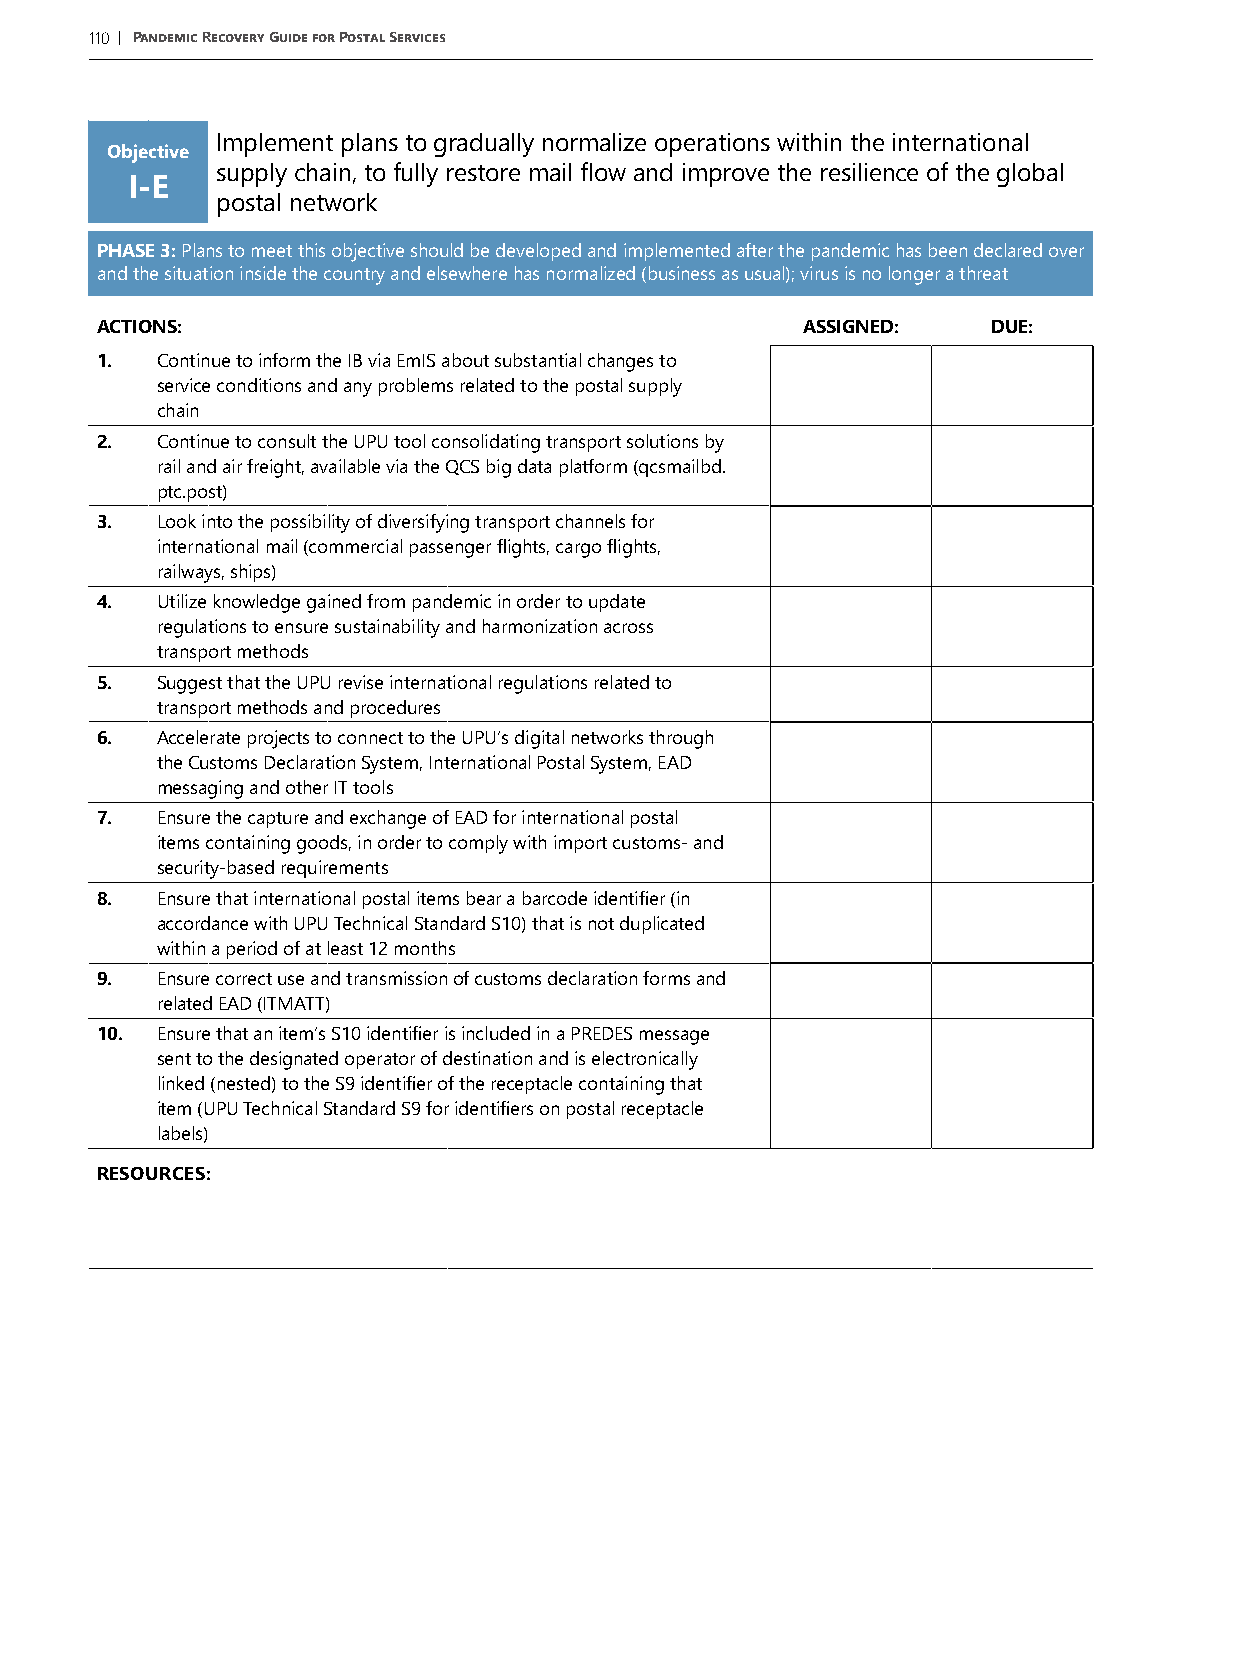
110 | Pandemic Recovery Guide for Postal Services
 Implement plans to gradually normalize operations within the international
 Objective
 supply chain, to fully restore mail flow and improve the resilience of the global
 I-E
 postal network
 PHASE 3: Plans to meet this objective should be developed and implemented after the pandemic has been declared over
 and the situation inside the country and elsewhere has normalized (business as usual); virus is no longer a threat
 ACTIONS:                                       ASSIGNED:    DUE:
 1.  Continue to inform the IB via EmIS about substantial changes to
 service conditions and any problems related to the postal supply
 chain
 2.  Continue to consult the UPU tool consolidating transport solutions by
 rail and air freight, available via the QCS big data platform (qcsmailbd.
 ptc.post)
 3.  Look into the possibility of diversifying transport channels for
 international mail (commercial passenger flights, cargo flights,
 railways, ships)
 4.  Utilize knowledge gained from pandemic in order to update
 regulations to ensure sustainability and harmonization across
 transport methods
 5.  Suggest that the UPU revise international regulations related to
 transport methods and procedures
 6.  Accelerate projects to connect to the UPU’s digital networks through
 the Customs Declaration System, International Postal System, EAD
 messaging and other IT tools
 7.  Ensure the capture and exchange of EAD for international postal
 items containing goods, in order to comply with import customs- and
 security-based requirements
 8.  Ensure that international postal items bear a barcode identifier (in
 accordance with UPU Technical Standard S10) that is not duplicated
 within a period of at least 12 months
 9.  Ensure correct use and transmission of customs declaration forms and
 related EAD (ITMATT)
 10. Ensure that an item’s S10 identifier is included in a PREDES message
 sent to the designated operator of destination and is electronically
 linked (nested) to the S9 identifier of the receptacle containing that
 item (UPU Technical Standard S9 for identifiers on postal receptacle
 labels)
 RESOURCES: